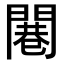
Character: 闀